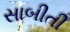
સાબીતી